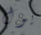
يول